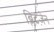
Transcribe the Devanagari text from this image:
ब्लिटज़ेन